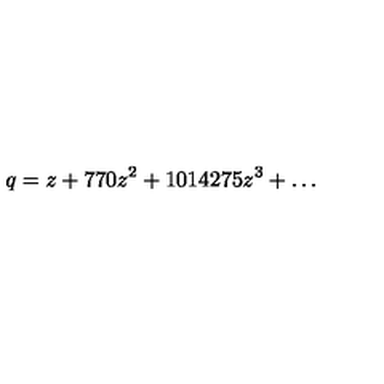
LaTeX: q = z + 7 7 0 z ^ { 2 } + 1 0 1 4 2 7 5 z ^ { 3 } + \ldots